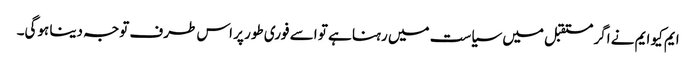
ایم کیو ایم نے اگر مستقبل میں سیاست میں رہنا ہے تو اسے فوری طور پر اس طرف توجہ دینا ہوگی۔